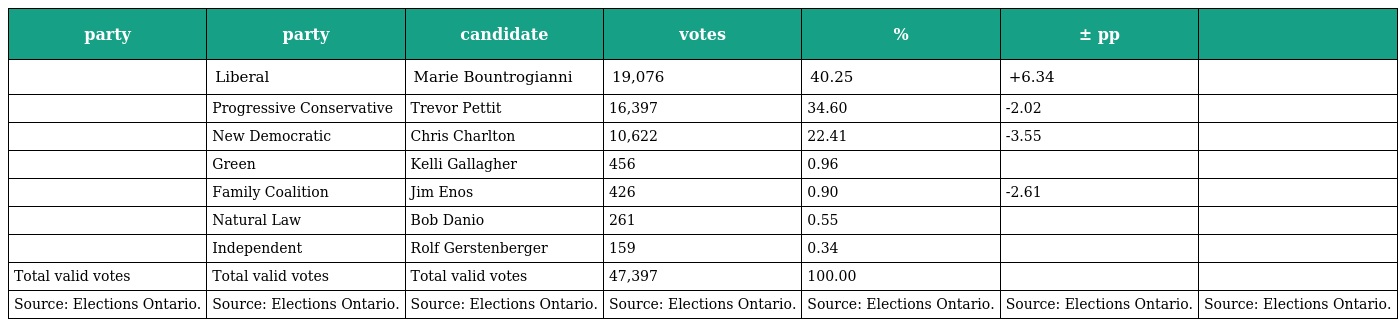
| party | party | candidate | votes | % | ± pp |  |
 | --- | --- | --- | --- | --- | --- | --- |
 |  | Liberal | Marie Bountrogianni | 19,076 | 40.25 | +6.34 |  |
 |  | Progressive Conservative | Trevor Pettit | 16,397 | 34.60 | -2.02 |  |
 |  | New Democratic | Chris Charlton | 10,622 | 22.41 | -3.55 |  |
 |  | Green | Kelli Gallagher | 456 | 0.96 |  |  |
 |  | Family Coalition | Jim Enos | 426 | 0.90 | -2.61 |  |
 |  | Natural Law | Bob Danio | 261 | 0.55 |  |  |
 |  | Independent | Rolf Gerstenberger | 159 | 0.34 |  |  |
 | Total valid votes | Total valid votes | Total valid votes | 47,397 | 100.00 |  |  |
 | Source: Elections Ontario. | Source: Elections Ontario. | Source: Elections Ontario. | Source: Elections Ontario. | Source: Elections Ontario. | Source: Elections Ontario. | Source: Elections Ontario. |